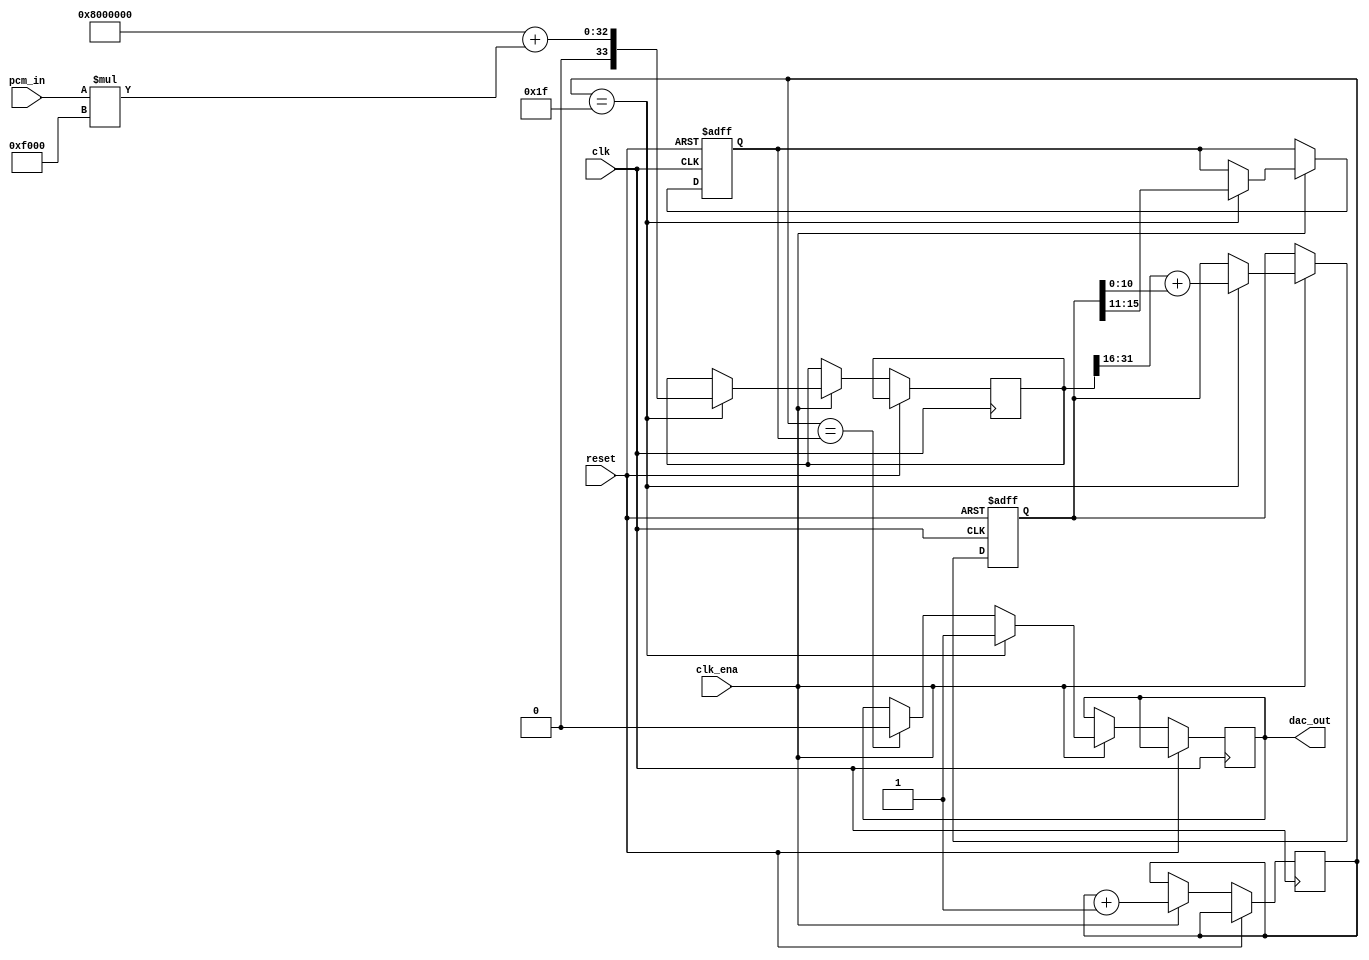
// Hybrid PWM / Sigma Delta converter
//
// Uses 5-bit PWM, wrapped within a 10-bit Sigma Delta, with the intention of
// increasing the pulse width, since narrower pulses seem to equate to more noise

module hybrid_pwm_sd
(
    input        clk,
    input        clk_ena,
    input        reset,
    input [15:0] pcm_in,
    output       dac_out
);

reg [4:0] pwmcounter;
reg [4:0] pwmthreshold;
reg [33:0] scaledin;
reg [15:0] sigma;
reg out;

assign dac_out=out;

always @(posedge clk, posedge reset) begin
    if(reset) begin
        sigma<=16'b00000100_00000000;
        pwmthreshold<=5'b10000;
    end else if(clk_ena) begin
        pwmcounter<=pwmcounter+1'b1;

        if(pwmcounter==pwmthreshold)
            out<=1'b0;

        if(pwmcounter==5'b11111) // Update threshold when pwmcounter reaches zero
        begin
            // Pick a new PWM threshold using a Sigma Delta
            scaledin<=33'd134217728 // (1<<(16-5))<<16, offset to keep centre aligned.
                +({1'b0,pcm_in}*61440); // 30<<(16-5)-1;
            sigma<=scaledin[31:16]+{4'b0,sigma[10:0]};  // Will use previous iteration's scaledin value
            pwmthreshold<=sigma[15:11]; // Will lag 2 cycles behind, but shouldn't matter.
            out<=1'b1;
        end
    end
end

endmodule